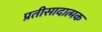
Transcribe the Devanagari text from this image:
प्रतीसादात्मक